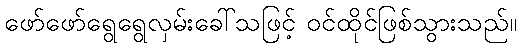
ဖော်ဖော်ရွေရွေလှမ်းခေါ်သဖြင့် ဝင်ထိုင်ဖြစ်သွားသည်။